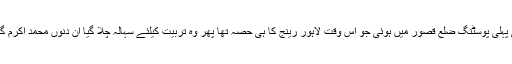
زیر تربیت تھانیدار کی حیثیت سے اس کی پہلی پوسٹنگ ضلع قصور میں ہوئی جو اس وقت لاہور رینج کا ہی حصہ تھا پھر وہ تربیت کیلئے سہالہ چلا گیا ان دنوں محمد اکرم گجر تھانہ مصطفےٰ آباد میں ایس ایچ او تھا ۔